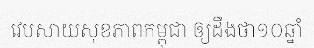
វេបសាយសុខភាពកម្ពុជា ឲ្យដឹងថា១០ឆ្នាំ